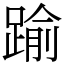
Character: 踰